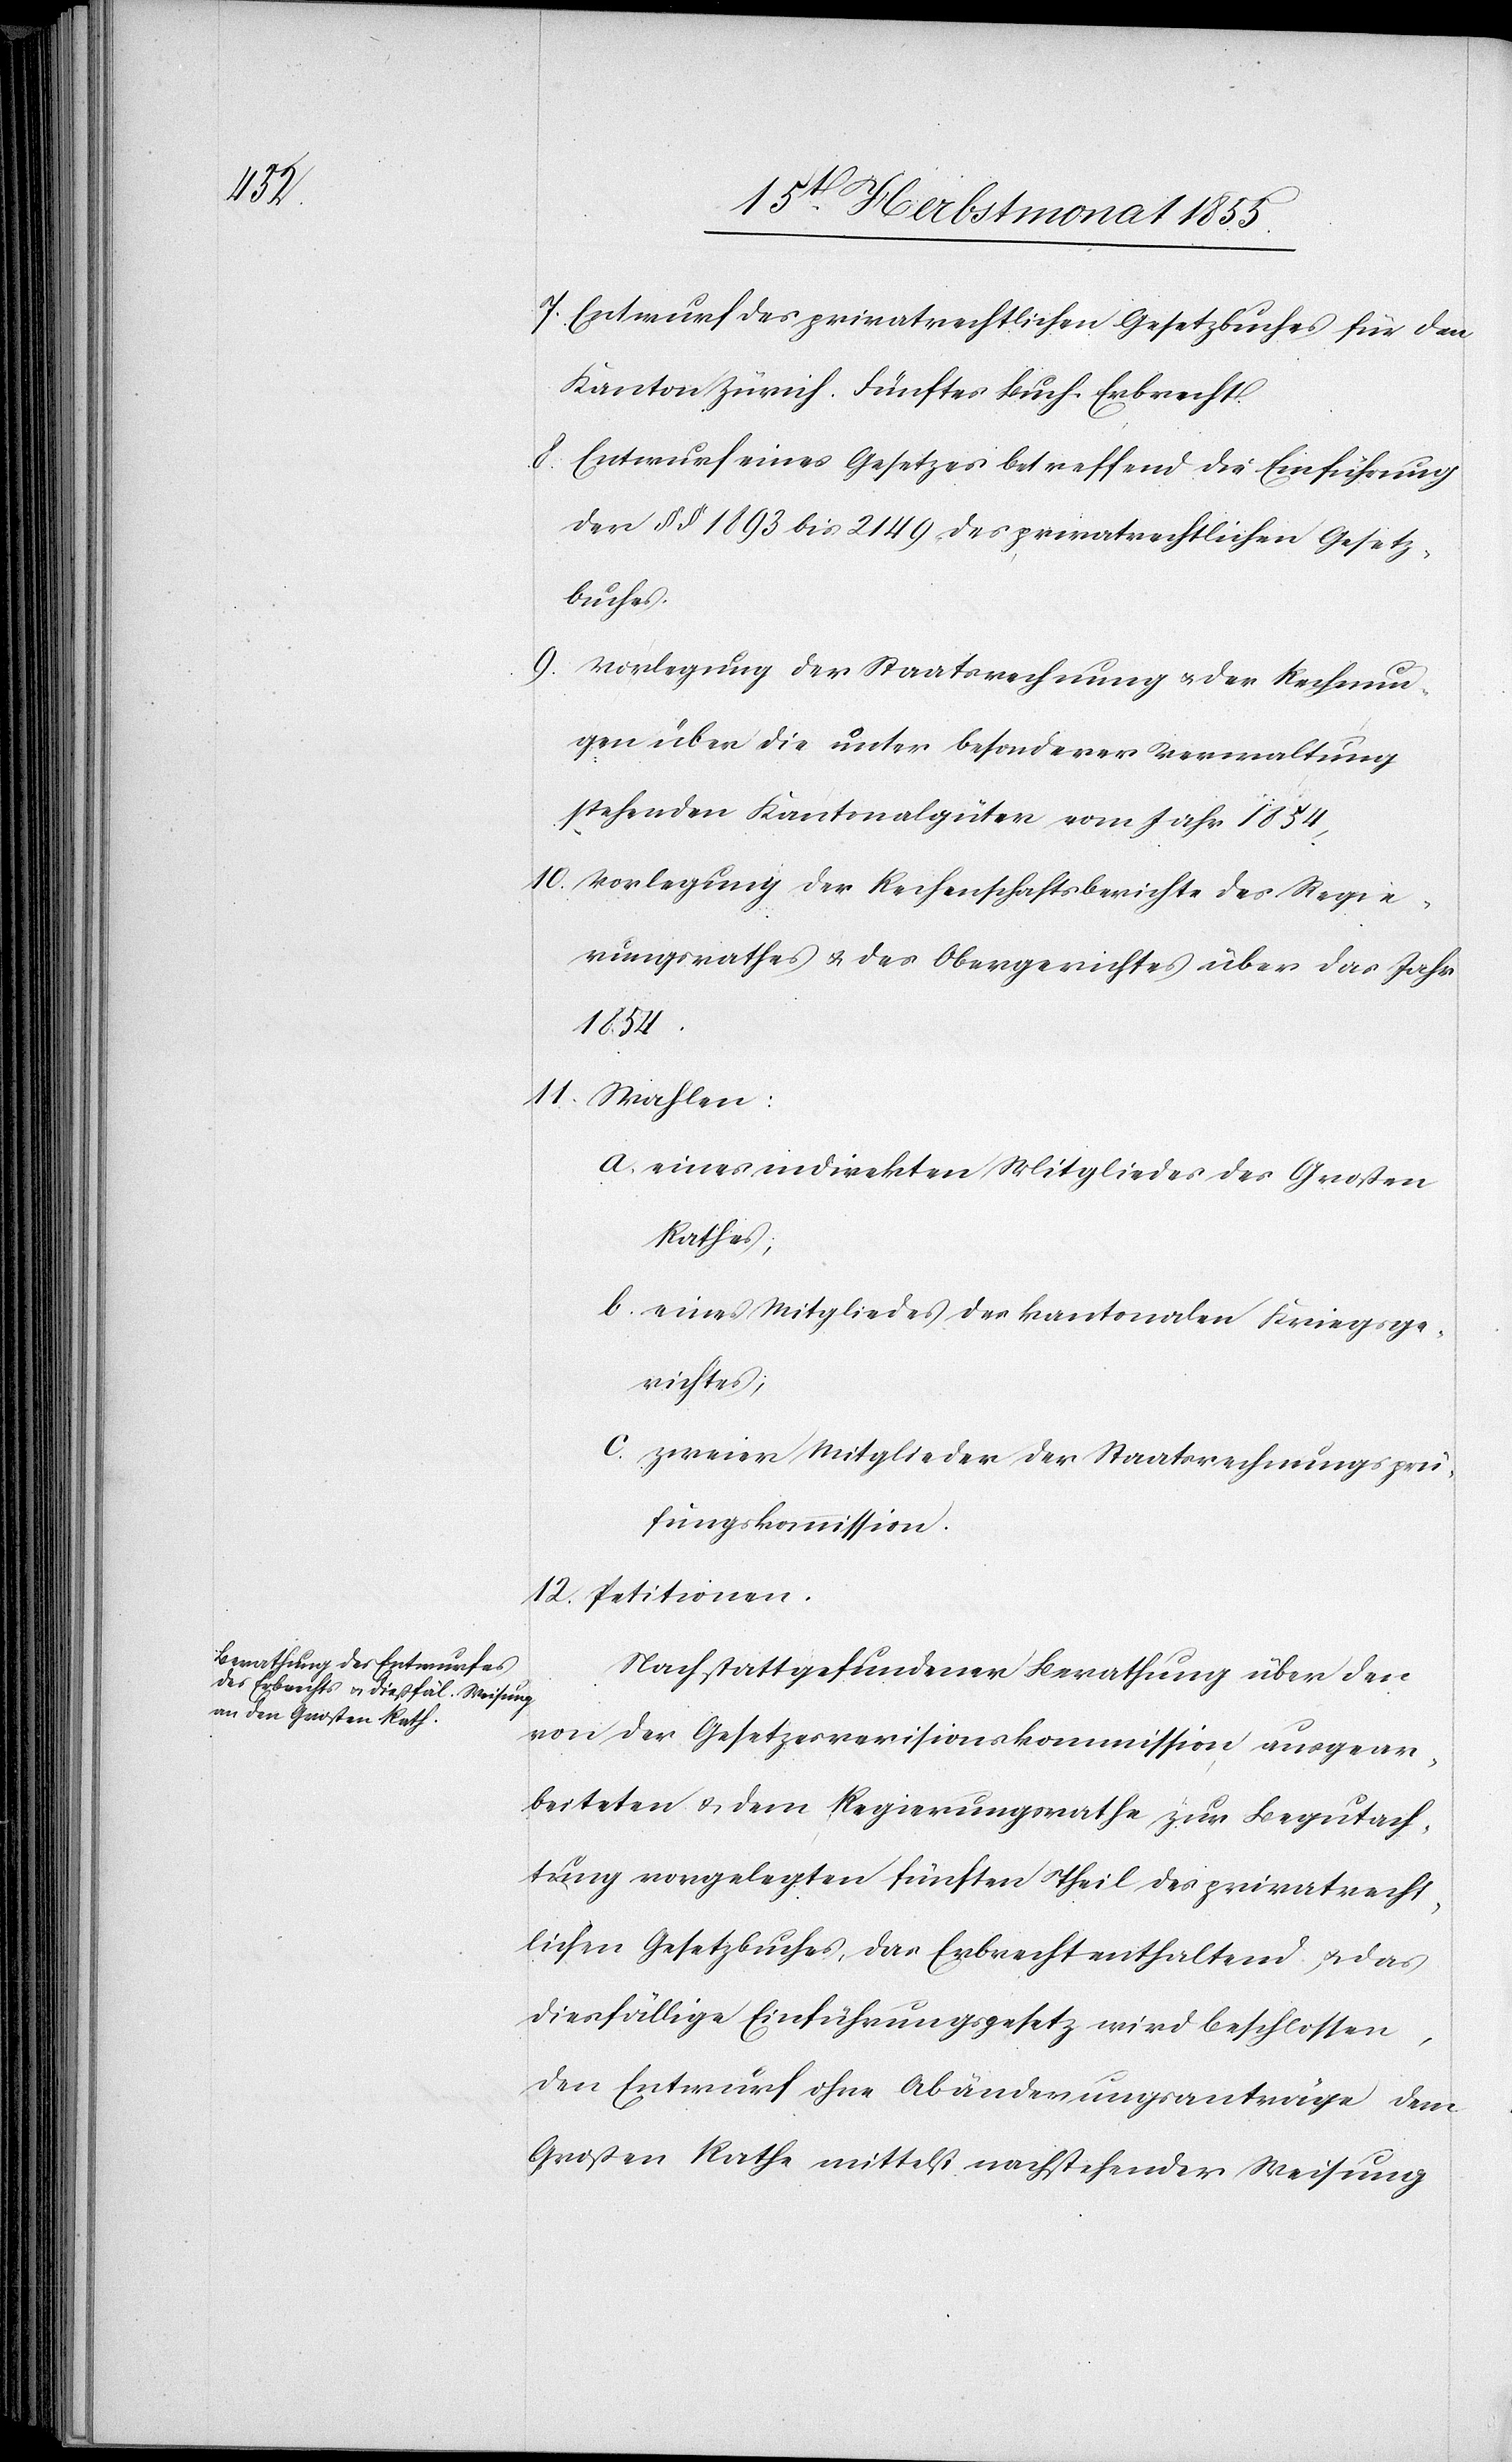
12.

Entwurf des privatrechtlichen Gesetzbuches für den
Kanton Zürich. Fünftes Buch. Erbrecht.
Entwurf eines Gesetzes betreffend die Einführung
der §§ 1893 bis 2149 des privatrechtlichen Gesetz¬
Wahlen:
Vorlegung der Staatsrechnung & der Rechnun¬
gen über die unter besonderer Verwaltung
stehenden Kantonalgüter vom Jahr 1854,
Vorlegung der Rechenschaftsberichte des Regie¬
rungsrathes & des Obergerichtes über das Jahr
1854.
eines indirekten Mitgliedes des Großen
Rathes;
eines Mitgliedes des kantonalen Kriegsge¬
richtes;
zweier Mitglieder der Staatsrechnungsprü¬
fungskommission.
Petitionen.
Nach stattgefundener Berathung über den
von der Gesetzesrevisionskommission ausgear¬
beiteten & dem Regierungsrathe zur Begutach¬
tung vorgelegten fünften Theil des privatrecht¬
lichen Gesetzbuches, das Erbrecht enthaltend, & das
diesfällige Einführungsgesetz wird beschlossen,
den Entwurf ohne Abänderungsanträge dem
Großen Rathe mittelst nachstehender Weisung